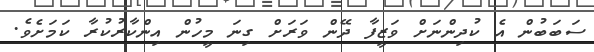
ސަބަބުން އެ ކުދިންނަށް ވަޒީފާ ދޭން ވަރަށް ގިނަ މީހުން އިންކާރުކުރާ ކަމަށެވެ.